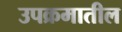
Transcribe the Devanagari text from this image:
उपक्रमातील